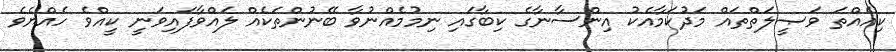
ކިއެއްތަ ވަޞީލަތްތައް މަދުކަމާއެކު އިންސާނާގެ ކިބާގައި ނިމުމެއްނުވާ ބޭނުންތަކެއް ލައްވާފައިވަނީ ކީއްވެ ހެއްޔެވެ